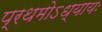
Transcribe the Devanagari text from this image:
प्रथमोऽध्यायः